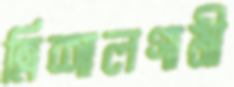
ত্রিশালগামী